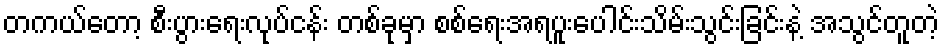
တကယ်တော့ စီးပွားရေးလုပ်ငန်း တစ်ခုမှာ စစ်ရေးအရပူးပေါင်းသိမ်းသွင်းခြင်းနဲ့ အသွင်တူတဲ့